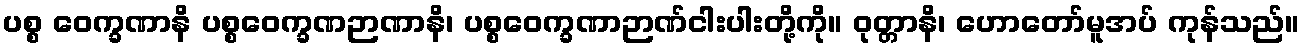
ပစ္စ ဝေက္ခဏာနိ ပစ္စဝေက္ခဏဉာဏာနိ၊ ပစ္စဝေက္ခဏာဉာဏ်ငါးပါးတို့ကို။ ဝုတ္တာနိ၊ ဟောတော်မူအပ် ကုန်သည်။